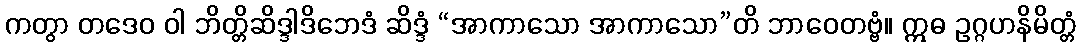
ကတွာ တဒေဝ ဝါ ဘိတ္တိဆိဒ္ဒါဒိဘေဒံ ဆိဒ္ဒံ “အာကာသော အာကာသော”တိ ဘာဝေတဗ္ဗံ။ ဣဓ ဥဂ္ဂဟနိမိတ္တံ